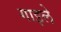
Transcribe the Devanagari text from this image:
गाइले